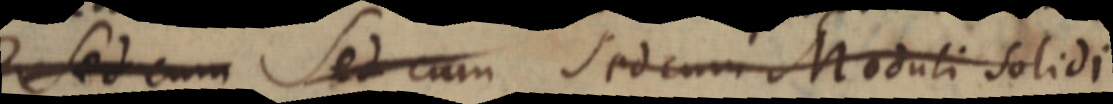
Sed cum Sed cum Sed cum Moduli solidi